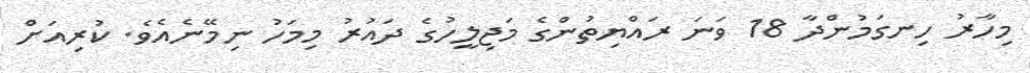
މިހާރު ހިނގަމުންދާ 18 ވަނަ ރައްޔިތުންގެ މަޖިލީހުގެ ދައުރު މިމަހު ނިމޭނެއެވެ. ކުރިއަށް